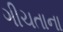
ગીચતાના